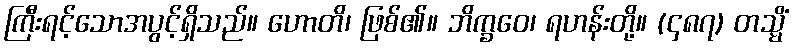
ကြီးရင့်သောအပွင့်ရှိသည်။ ဟောတိ၊ ဖြစ်၏။ ဘိက္ခဝေ၊ ရဟန်းတို့။ (၄၈၇) တသ္မိံ